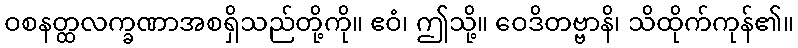
ဝစနတ္ထလက္ခဏာအစရှိသည်တို့ကို။ ဧဝံ၊ ဤသို့။ ဝေဒိတဗ္ဗာနိ၊ သိထိုက်ကုန်၏။